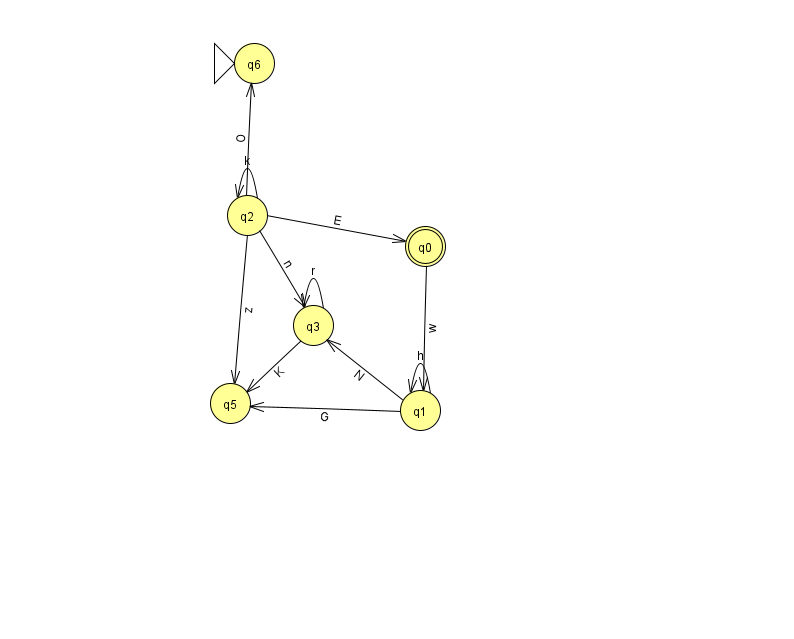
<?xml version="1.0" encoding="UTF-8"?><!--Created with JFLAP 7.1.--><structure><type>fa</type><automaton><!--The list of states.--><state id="0" name="q0"><x>425.0</x><y>233.0</y><final/></state><state id="1" name="q1"><x>420.0</x><y>397.0</y></state><state id="2" name="q2"><x>247.0</x><y>202.0</y></state><state id="3" name="q3"><x>313.0</x><y>312.0</y></state><state id="5" name="q5"><x>230.0</x><y>390.0</y></state><state id="6" name="q6"><x>254.0</x><y>50.0</y><initial/></state><!--The list of transitions.--><transition><from>1</from><to>5</to><read>G</read></transition><transition><from>3</from><to>3</to><read>r</read></transition><transition><from>1</from><to>1</to><read>h</read></transition><transition><from>2</from><to>5</to><read>z</read></transition><transition><from>0</from><to>1</to><read>w</read></transition><transition><from>2</from><to>2</to><read>k</read></transition><transition><from>2</from><to>3</to><read>n</read></transition><transition><from>2</from><to>6</to><read>O</read></transition><transition><from>3</from><to>5</to><read>K</read></transition><transition><from>1</from><to>3</to><read>N</read></transition><transition><from>2</from><to>0</to><read>E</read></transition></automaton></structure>